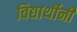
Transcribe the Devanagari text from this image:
विद्यार्थीनी